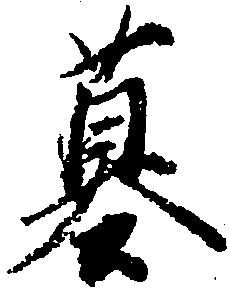
墓